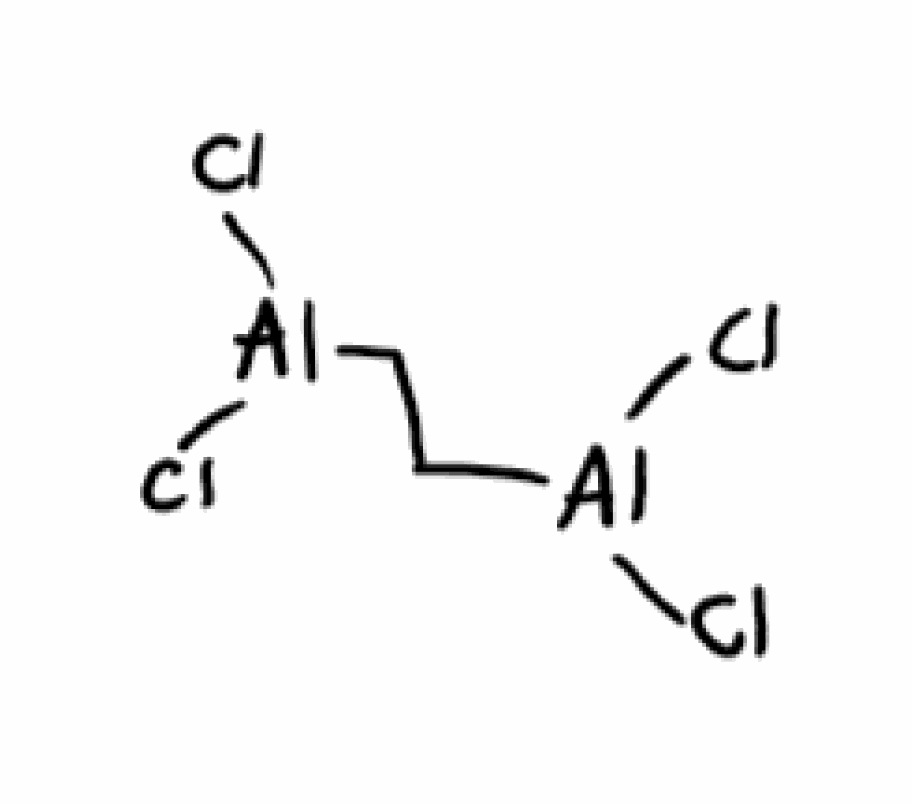
Simplified molecular-input line-entry system (SMILES) notation of the given molecule:
C(C[Al](Cl)Cl)[Al](Cl)Cl